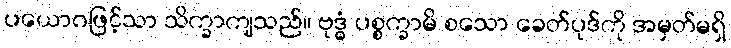
ပယောဂဖြင့်သာ သိက္ခာကျသည်။ ဗုဒ္ဓံ ပစ္စက္ခာမိ စသော ခေတ်ပုဒ်ကို အမှတ်မရှိ